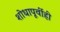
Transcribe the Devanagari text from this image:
शोधापूर्वीही